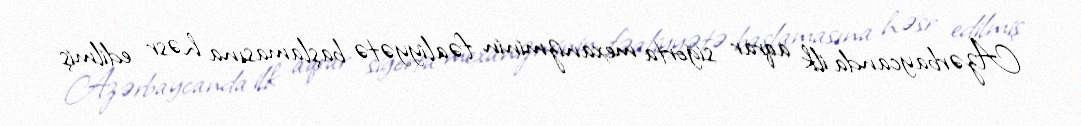
Azərbaycanda ilk aqrar siğorta mexanizminin fəaliyyətə başlamasına həsr edilmiş